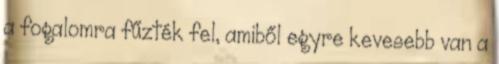
a fogalomra fűzték fel, amiből egyre kevesebb van a